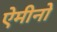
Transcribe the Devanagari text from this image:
ऐमीनो